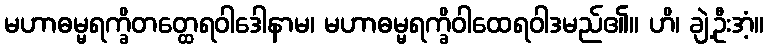
မဟာဓမ္မရက္ခိတတ္ထေရဝါဒေါနာမ၊ မဟာဓမ္မရက္ခိဝါထေရဝါဒမည်၏။ ဟိ၊ ချဲ့ဦးအံ့။